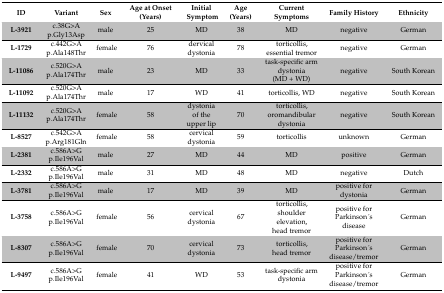
| ID | Variant | Sex | Age at Onset (Years) | Initial Symptom | Age (Years) | Current Symptoms | Family History | Ethnicity |
 | --- | --- | --- | --- | --- | --- | --- | --- | --- |
 | L-3921 | c.38G>A p.Gly13Asp | male | 25 | MD | 38 | MD | negative | German |
 | L-1729 | c.442G>A p.Ala148Thr | female | 76 | dervical dystonia | 78 | torticollis, essential tremor | negative | German |
 | L-11086 | c.520G>A p.Ala174Thr | male | 23 | MD | 33 | task-specific arm dystonia (MD + WD) | negative | South Korean |
 | L-11092 | c.520G>A p.Ala174Thr | male | 17 | WD | 41 | torticollis, WD | negative | South Korean |
 | L-11132 | c.520G>A p.Ala174Thr | female | 58 | dystonia of the upper lip | 70 | torticollis, oromandibular dystonia | negative | South Korean |
 | L-8527 | c.542G>A p.Arg181Gln | female | 58 | cervical dystonia | 59 | torticollis | unknown | German |
 | L-2381 | c.586A>G p.Ile196Val | male | 27 | MD | 44 | MD | positive | German |
 | L-2332 | c.586A>G p.Ile196Val | male | 31 | MD | 48 | MD | negative | Dutch |
 | L-3781 | c.586A>G p.Ile196Val | male | 17 | MD | 39 | MD | positive for dystonia | German |
 | L-3758 | c.586A>G p.Ile196Val | female | 56 | cervical dystonia | 67 | torticollis, shoulder elevation, head tremor | positive for Parkinson ́s disease | German |
 | L-8307 | c.586A>G p.Ile196Val | female | 70 | cervical dystonia | 73 | torticollis, head tremor | positive for Parkinson ́s disease/tremor | German |
 | L-9497 | c.586A>G p.Ile196Val | female | 41 | WD | 53 | task-specific arm dystonia | positive for Parkinson ́s disease/tremor | German |